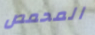
المحمص